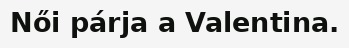
Női párja a Valentina.